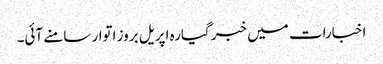
اخبارات میں خبر گیارہ اپریل بروز اتوار سامنے آئی۔